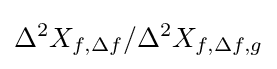
\Delta ^{2}X_{f,\Delta f}/\Delta ^{2}X_{f,\Delta f,g}